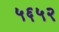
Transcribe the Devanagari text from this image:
५६५२